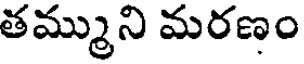
తమ్ముని మరణం